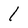
Character: 1